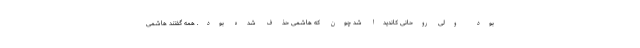
بود ولی روحانی کاندیدا شد چون که هاشمی حذف شده بود. همه گفتند هاشمی